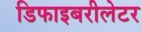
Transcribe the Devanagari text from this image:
डिफाइबरीलेटर